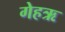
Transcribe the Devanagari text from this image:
गेहऋ